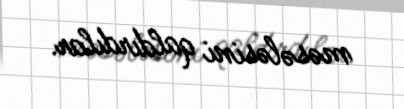
məsələsini qaldırdılar.